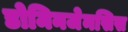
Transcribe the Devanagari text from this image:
डोमिनजेनसिस